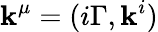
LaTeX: \mathbf{k}^{\mu}=(i\Gamma,\mathbf{k}^{i})